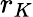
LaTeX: r_{K}